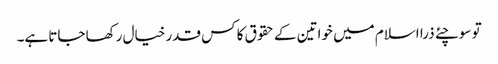
تو سوچئے ذرا اسلام میں خواتین کے حقوق کا کس قدر خیال رکھا جاتا ہے۔